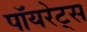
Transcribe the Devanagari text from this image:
पॉयरेट्स